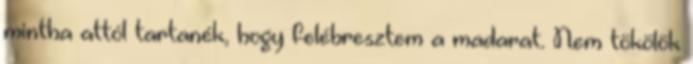
mintha attól tartanék, hogy felébresztem a madarat. Nem tökölök